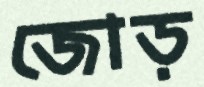
জোড়